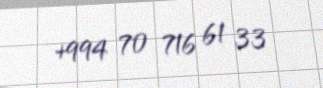
+994 70 716 61 33